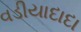
વડીયાદાદા